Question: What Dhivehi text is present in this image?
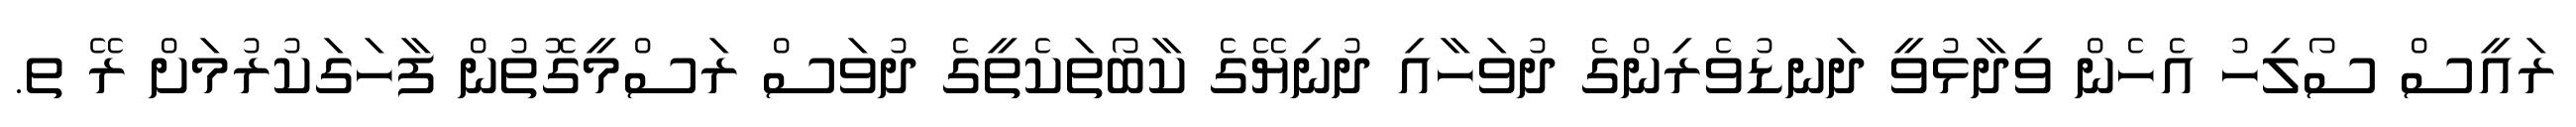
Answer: ރައީސް ސޯލިހު އެހެން ވިދާޅުވީ ދަނޑުވެރިންގެ ދުވަހާއި ދުނިޔޭގެ ކާބޯތަކެތީގެ ދުވަސް ރަސްމީގޮތުން ފާހަގަކުރުމަށް ރޭ ތ.